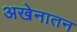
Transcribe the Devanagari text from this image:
अखेनातन